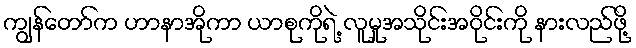
ကျွန်တော်က ဟာနာအိုကာ ယာစုကိုရဲ့ လူမှုအသိုင်းအဝိုင်းကို နားလည်ဖို့